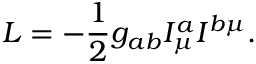
{ \cal L } = - \frac { 1 } { 2 } g _ { a b } I _ { \mu } ^ { a } I ^ { b \mu } .